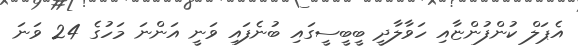
އެޕަލް ކުންފުންޏާއި ހަވާލާދީ ބީބީސީގައި ބުނެފައި ވަނީ އަންނަ މަހުގެ 24 ވަނަ